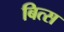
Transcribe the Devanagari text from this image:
बित्स